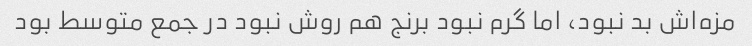
مزه‌اش بد نبود، اما گرم نبود برنج هم روش نبود در جمع متوسط بود